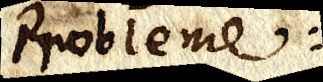
Probleme: